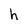
Character: h